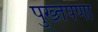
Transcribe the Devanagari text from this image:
पुख्तेपणा